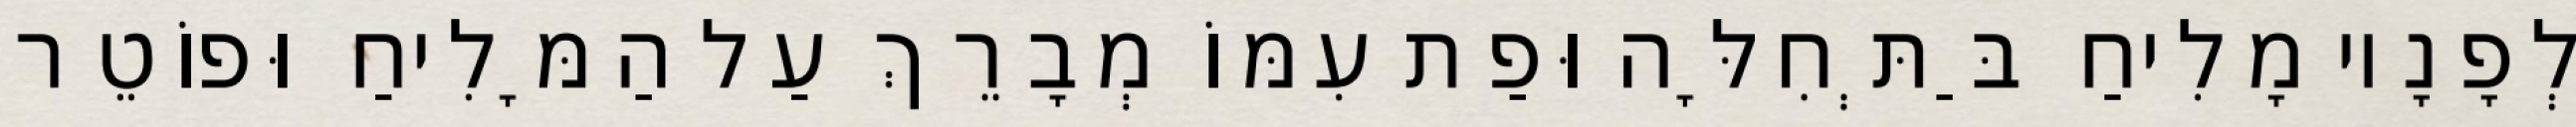
לְפָנָיו מָלִיחַ בַּתְּחִלָּה וּפַת עִמּוֹ מְבָרֵךְ עַל הַמָּלִיחַ וּפוֹטֵר